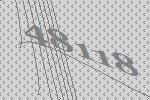
48118